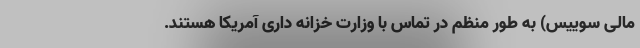
مالی سوییس) به طور منظم در تماس با وزارت خزانه داری آمریکا هستند.